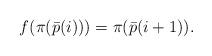
LaTeX: \begin{align*}f(\pi(\bar p(i)))=\pi(\bar p(i+1)).\end{align*}